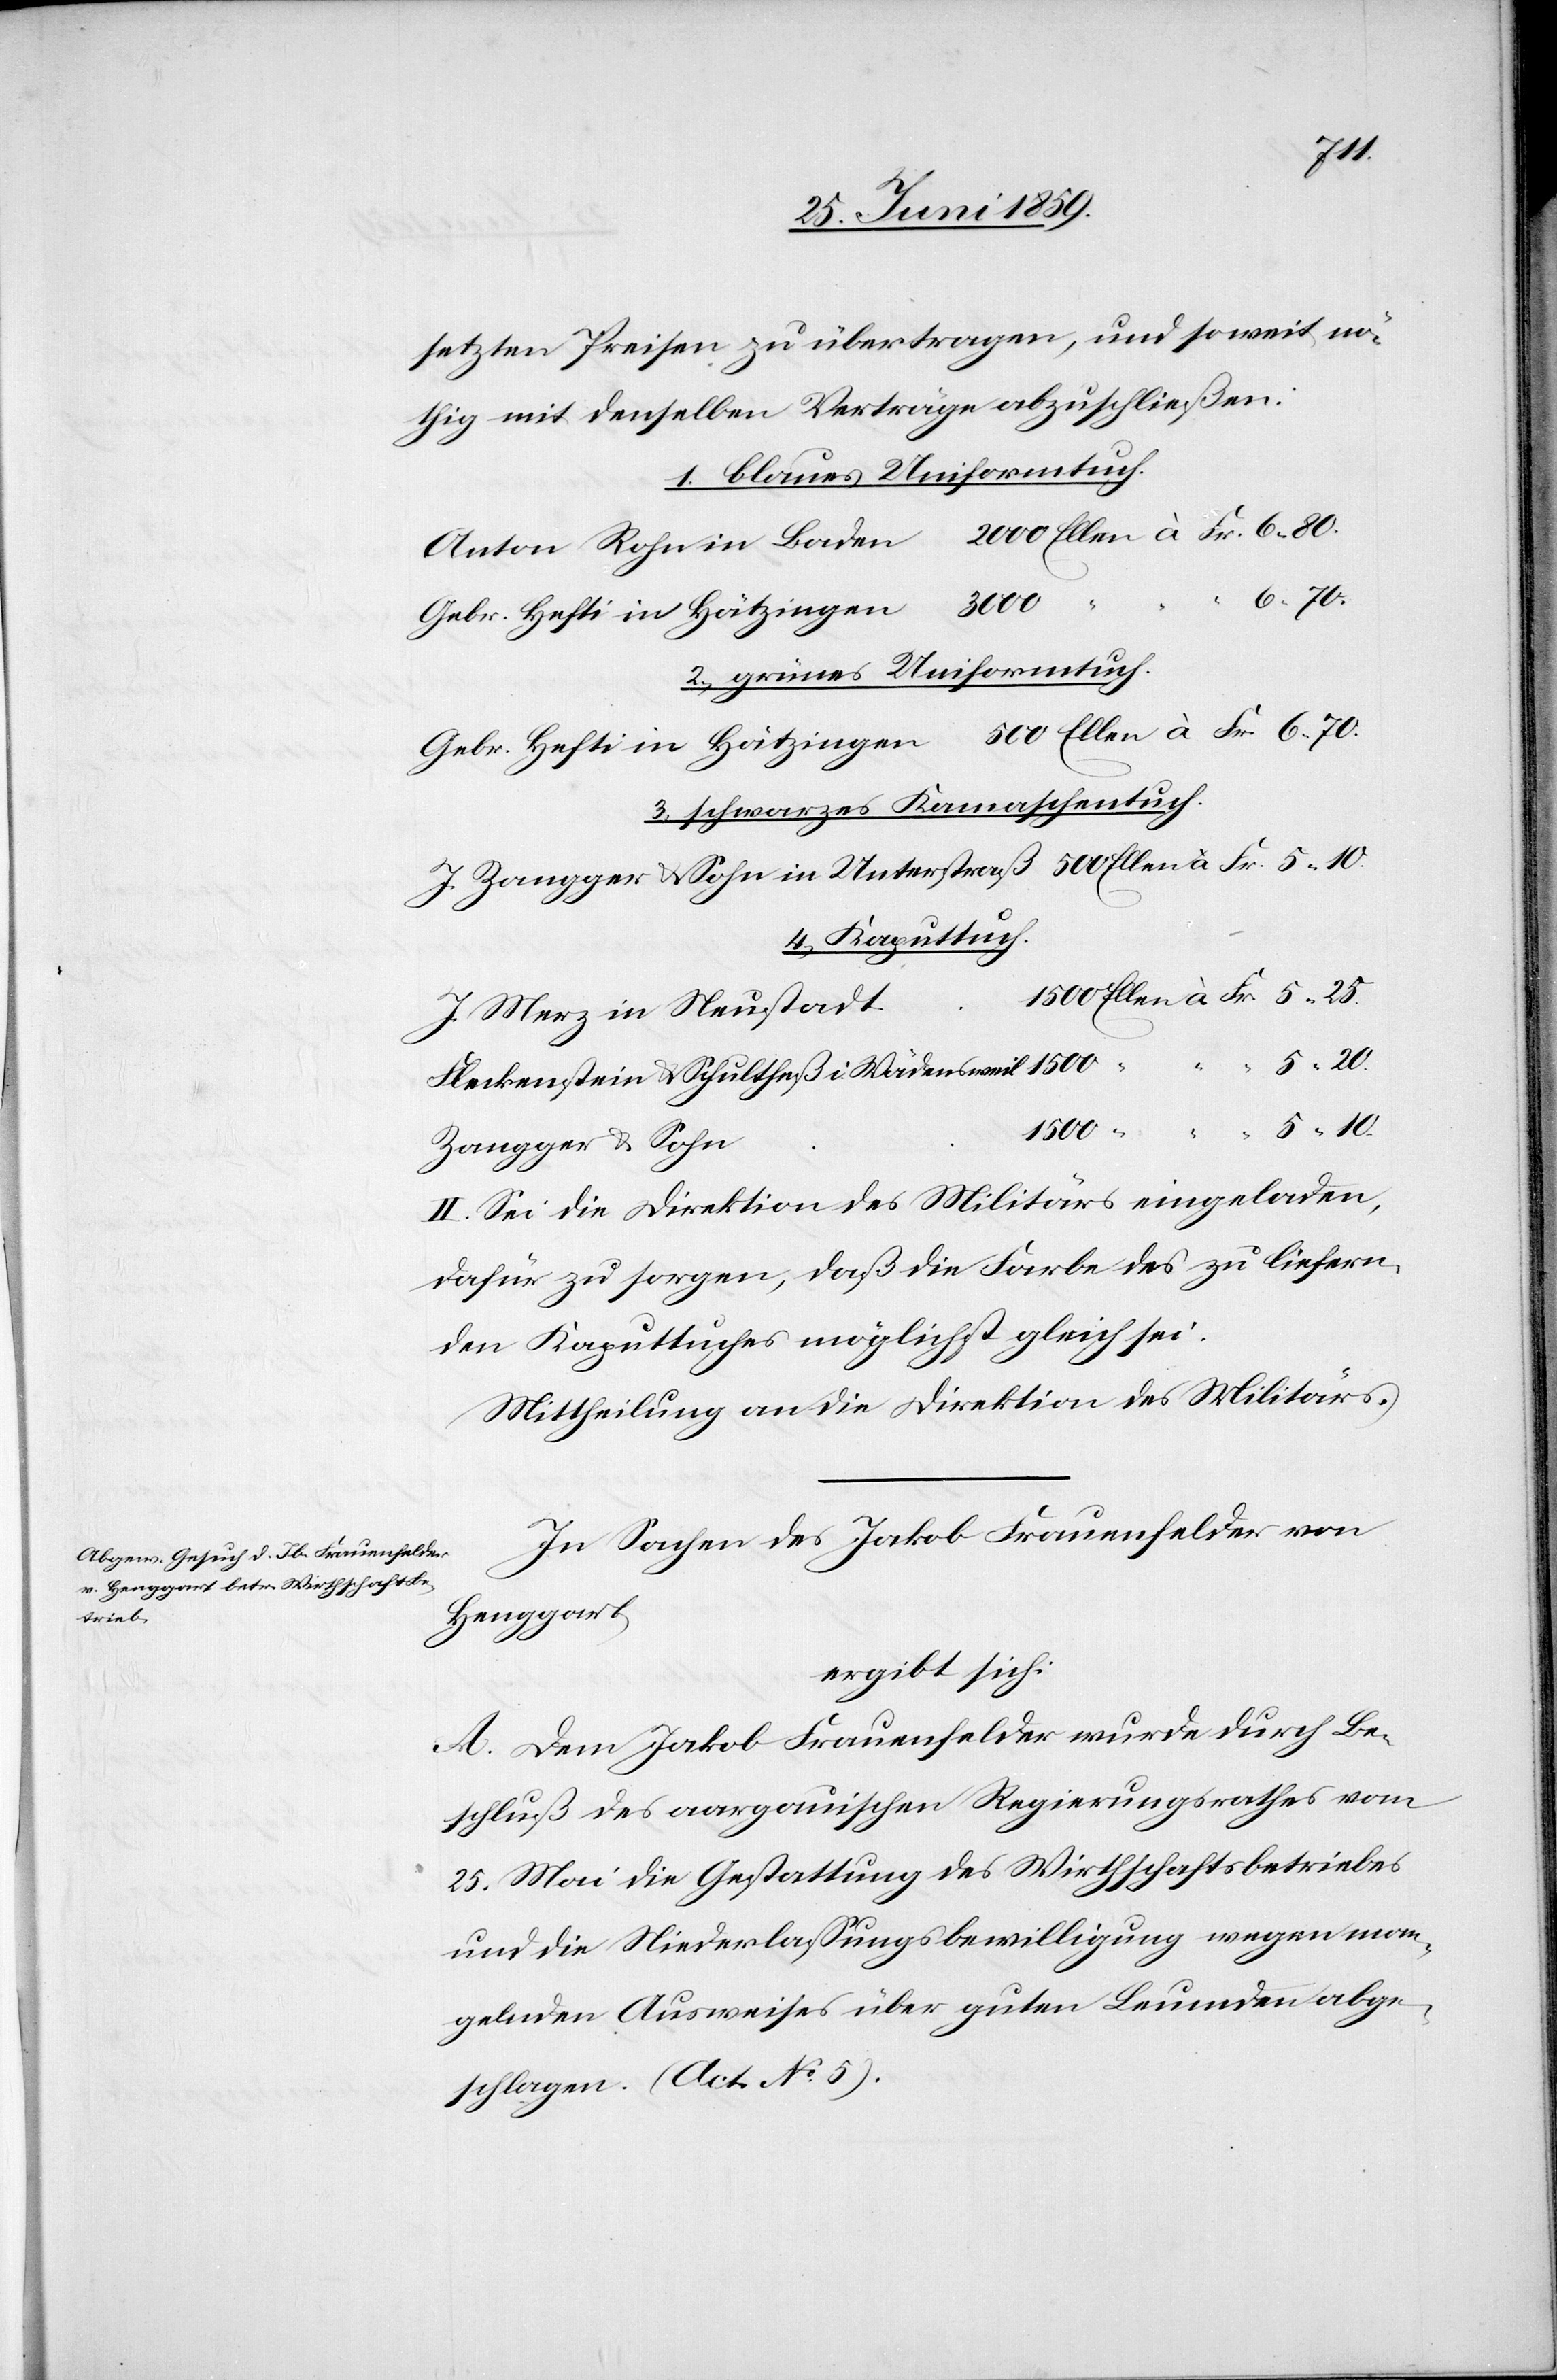
setzten Preisen zu übertragen, und soweit nö¬
thig mit denselben Verträgen abzuschließen:
1. blaues Uniformtuch.
Anton Rohn in Baden 	2000 Ellen à Fr. 6.80.
Gebr. Hefti in Hätzingen 	3000 “ “ “
2. grünes Uniformtuch.
Gebr. Hefti in Hätzingen 	500 Ellen à Fr. 6.70.
3. schwarzes Kamaschentuch.
J. Zangger u. Sohn in Unterstraß	500 Ellen à Fr. 5.10
4. Kaputtuch.
t	1500 Ellen à Fr. 5.25
J. Merz in Neustad¬
5.20.
Fleckenstein & Schultheiß i. Wädensweil 	1500 “
Zangger & Sohn
II. Sei die Direktion des Militärs eingeladen,
dafür zu sorgen, daß die Farbe des zu liefern¬
den Kaputtuches möglichst gleich sei.
Mittheilung an die Direktion des Militärs.
In Sachen des Jakob Frauenfelder von
Henggart,
ergibt sich:
A. Dem Jakob Frauenfelder wurde durch Be¬
schluß des aargauischen Regierungsrathes vom
25. Mai die Gestattung des Wirthschaftsbetriebes
und die Niederlassungsbewilligung wegen man¬
gelnden Ausweises über guten Leumden abge¬
schlagen. (Act. No 5).